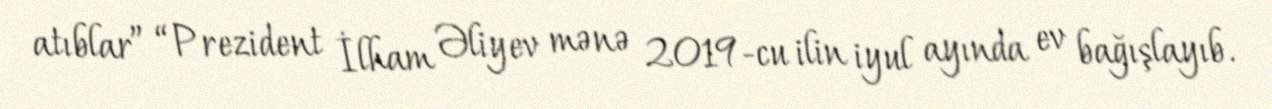
atıblar” “Prezident İlham Əliyev mənə 2019-cu ilin iyul ayında ev bağışlayıb.